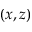
( x , z )